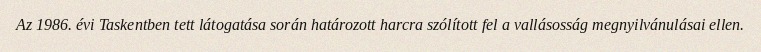
Az 1986. évi Taskentben tett látogatása során határozott harcra szólított fel a vallásosság megnyilvánulásai ellen.